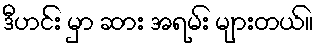
ဒီဟင်း မှာ ဆား အရမ်း များတယ်။